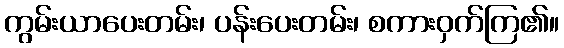
ကွမ်းယာပေးတမ်း၊ ပန်းပေးတမ်း၊ စကားဝှက်ကြ၏။